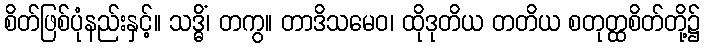
စိတ်ဖြစ်ပုံနည်းနှင့်။ သဒ္ဓိံ၊ တကွ။ တာဒိသမေဝ၊ ထိုဒုတိယ တတိယ စတုတ္ထစိတ်တို့၌